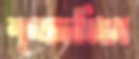
শৃঙ্খলাবিধান